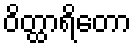
ဝိတ္ထာရိတော